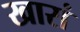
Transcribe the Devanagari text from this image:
खारां